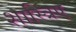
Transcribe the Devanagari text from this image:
शास्त्रिए